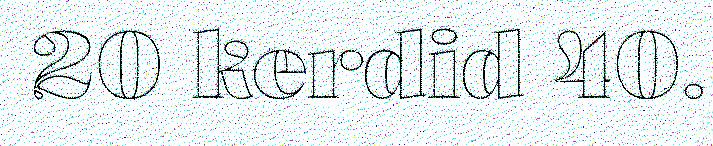
20 kerdid 40.